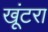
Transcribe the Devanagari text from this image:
खूंटरा